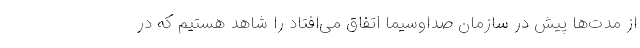
از مدت‌ها پیش در سازمان صداوسیما اتفاق می‌افتاد را شاهد هستیم که در